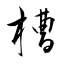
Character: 槽